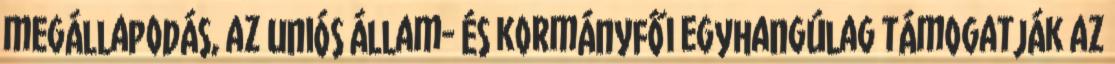
megállapodás, az uniós állam- és kormányfői egyhangúlag támogatják az